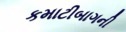
કમાટીબાગની